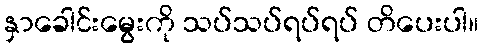
နှာခေါင်းမွေးကို သပ်သပ်ရပ်ရပ် တိပေးပါ။